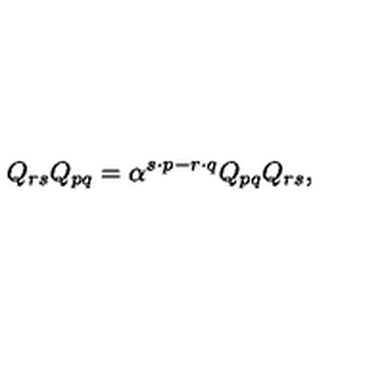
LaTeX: Q _ { r s } Q _ { p q } = \alpha ^ { s \cdot p - r \cdot q } Q _ { p q } Q _ { r s } ,